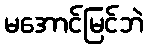
မအောင်မြင်ဘဲ